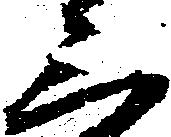
三